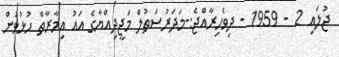
ޖުލައި 2 - 1959 - ދިވެހިރާއްޖެ:-މަދަރުސަތުލް މަޖީދިއްޔާގެ އައު އިމާރާތް ހުޅުވުން